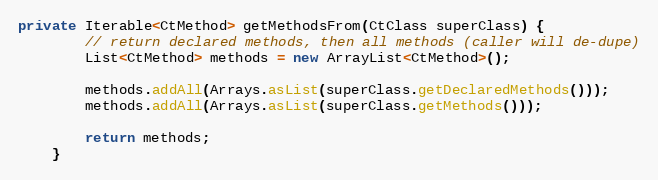
Language: Java
private Iterable<CtMethod> getMethodsFrom(CtClass superClass) {
        // return declared methods, then all methods (caller will de-dupe)
        List<CtMethod> methods = new ArrayList<CtMethod>();

        methods.addAll(Arrays.asList(superClass.getDeclaredMethods()));
        methods.addAll(Arrays.asList(superClass.getMethods()));

        return methods;
    }